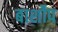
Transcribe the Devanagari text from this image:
बार्शोप